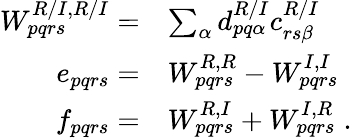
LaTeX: \begin{array}{rl}{W_{pqrs}^{R/I,R/I}=}&{\sum_{\alpha}d_{pq\alpha}^{R/I}c_{rs\beta}^{R/I}}\\ {e_{pqrs}=}&{W_{pqrs}^{R,R}-W_{pqrs}^{I,I}}\\ {f_{pqrs}=}&{W_{pqrs}^{R,I}+W_{pqrs}^{I,R}\; .}\end{array}